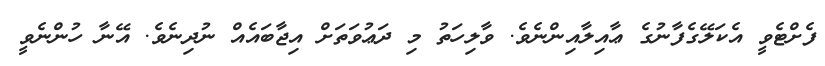
ފެށްޓެވީ އެކަލޭގެފާނުގެ ޢާއިލާއިންނެވެ. ވާލިހަތު މި ދަޢުވަތަށް އިޖާބައެއް ނުދިނެވެ. އޭނާ ހުންނެވީ